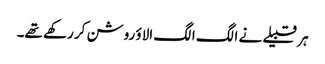
ہر قبیلے نے الگ الگ الاؤ روشن کر رکھے تھے۔